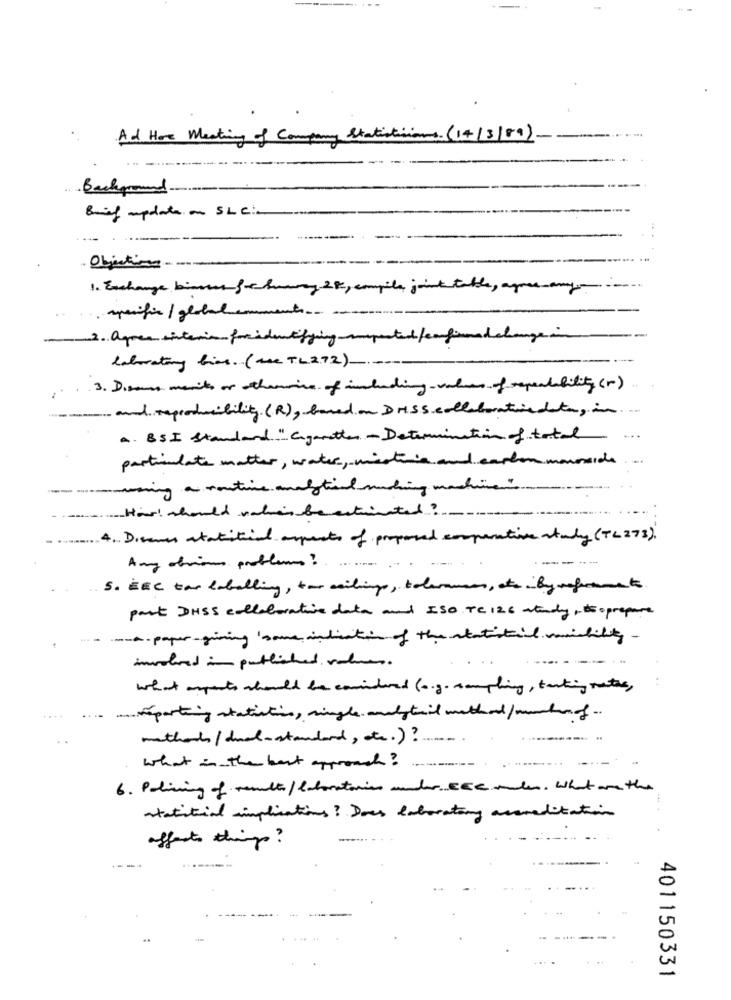
Ad Hoe Meating of Company Statisticians. (14/3/89) -
Background
Brief update on SLC:
1. Exchange binnen fre humory 282, compila joint table, agree-any-
specific/globalemments -- --
laboratory live. (the TL272)
3. Disse ments or otherwise of including-values of repealability (r)
and reproducibility(R), based on DHSS collaboratiedata, in
A. BSI standard " Cigaretter - Determination of total
...
particulate matter, water, misthis and carbon monoxide
. ..
-wuming a routine multil miching machine
Hart should rahas beentinted ?
4. Direnes atatitia aspects of proposed comparative study ( TL 273 ).
-----
Any obvious problems ?. .....
5. SEC tar labelling, too mailing , tolerance, ato iBymeframents
part DHSS collaborative data and ISO TC 126 atundy, toprepare
www. paper-giving ' some indication of the statistical cibility-
involved in published volumes .
what aspects should be comindeed (o.g. sampling, taking notes,
reporting statistics, single analytail method/number of ...
mathant / dual- standard , etc. ) ?
what is the best approach ?
6. Policing of realh/ laboratories under ECC male. What are the
statituial implications ? Does laboratory accreditation
affects things?
401150331